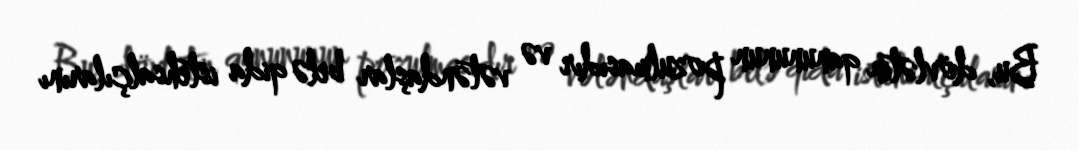
Bu, dövlətin qanununun pozulmasıdır və vətəndaşlar belə qida istehsalçılarını